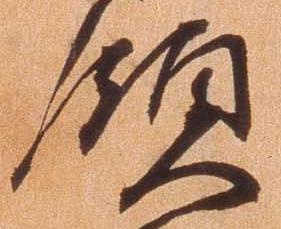
領